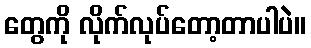
တွေကို လိုက်လုပ်တော့တာပါပဲ။